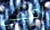
اميلي